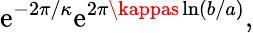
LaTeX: \mathrm{e}^{-2\pi/\kappa}\mathrm{e}^{2\pi\kappas\ln(b/a)},